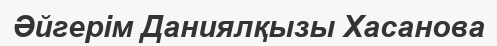
Әйгерім Даниялқызы Хасанова